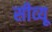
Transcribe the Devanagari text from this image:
सीव्‍यू